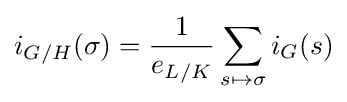
i_{G/H}(\sigma )={1 \over e_{L/K}}\sum _{s\mapsto \sigma }i_{G}(s)